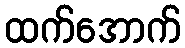
ထက်အောက်